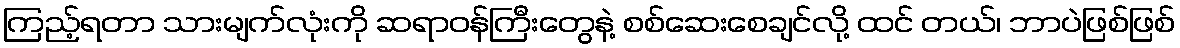
ကြည့်ရတာ သားမျက်လုံးကို ဆရာဝန်ကြီးတွေနဲ့ စစ်ဆေးစေချင်လို့ ထင် တယ်၊ ဘာပဲဖြစ်ဖြစ်